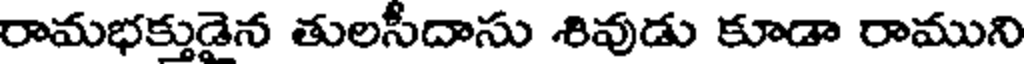
రామభక్తుడైన తులసీదాసు శివుడు కూడా రాముని